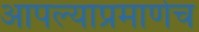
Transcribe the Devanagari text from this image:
आपल्याप्रमाणेच